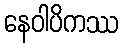
နေဝါပိကဿ